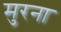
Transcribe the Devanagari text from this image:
मुरना